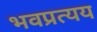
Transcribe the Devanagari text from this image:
भवप्रत्यय